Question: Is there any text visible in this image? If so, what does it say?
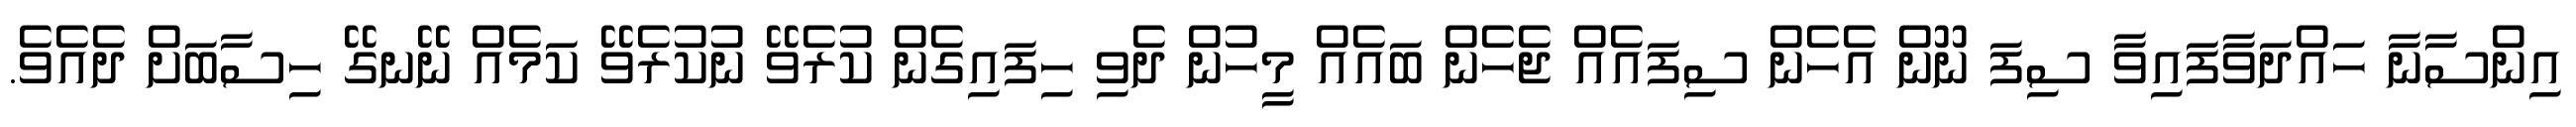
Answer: އިންސާނާ ހައްދަވާފައިވާ ސިފަ ނޫން އެހެން ސިފައެއް ޖެހެން ބައެއް މީހުން ދެވި ހިފައިގެން ކުރެވޭ ނުކުރެވޭ ކަމެއް ނޭނގޭ ހިސާބަށް ދެއެވެ.